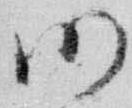
仍